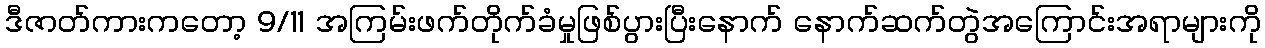
ဒီဇာတ်ကားကတော့ 9/11 အကြမ်းဖက်တိုက်ခံမှုဖြစ်ပွားပြီးနောက် နောက်ဆက်တွဲအကြောင်းအရာများကို